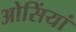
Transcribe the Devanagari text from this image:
ओसिंयां